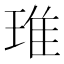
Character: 琟